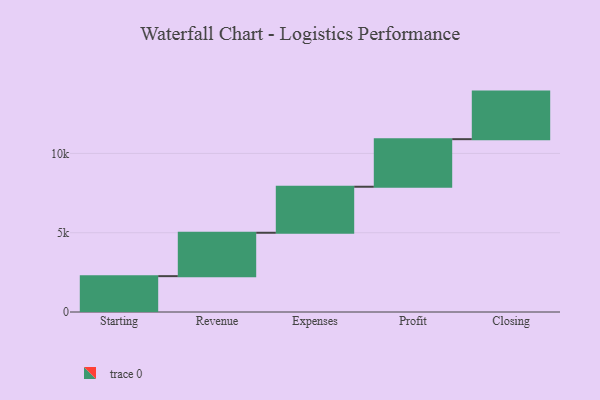
{"axis": {"x": "Step", "y": "Value"}, "legend": [""], "data": [{"x": "Starting", "y": 2261.0, "type": ""}, {"x": "Revenue", "y": 2736.0, "type": ""}, {"x": "Expenses", "y": 2902.0, "type": ""}, {"x": "Profit", "y": 3000, "type": ""}, {"x": "Closing", "y": 3000, "type": ""}]}